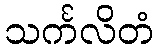
သင်္ကလိတံ